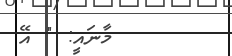
މާނައީ: " އޭ